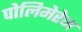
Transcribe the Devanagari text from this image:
पोलिमेरेज